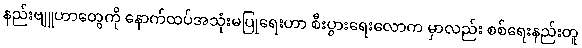
နည်းဗျူဟာတွေကို နောက်ထပ်အသုံးမပြုရေးဟာ စီးပွားရေးလောက မှာလည်း စစ်ရေးနည်းတူ